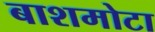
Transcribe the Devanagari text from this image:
बाशमोटा